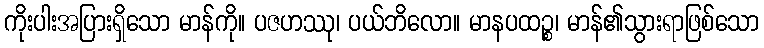
ကိုးပါးအပြားရှိသော မာန်ကို။ ပဇဟဿု၊ ပယ်ဘိလော။ မာနပထဉ္စ၊ မာန်၏သွားရာဖြစ်သော